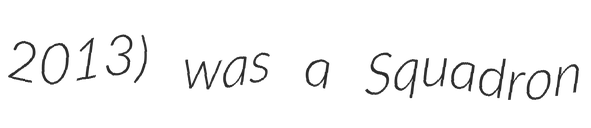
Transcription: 2013) was a Squadron